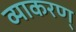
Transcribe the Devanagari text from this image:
व्याकरण्